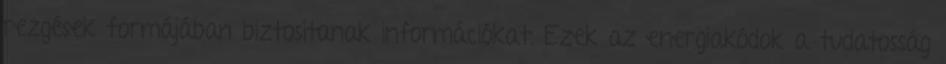
rezgések formájában biztosítanak információkat. Ezek az energiakódok a tudatosság